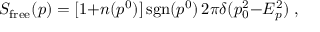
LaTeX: S _ { \mathrm { f r e e } } ( p ) = [ 1 { + } n ( p ^ { 0 } ) ] \, \mathrm { s g n } ( p ^ { 0 } ) \, 2 \pi \delta ( p _ { 0 } ^ { 2 } { - } E _ { p } ^ { 2 } ) \; ,